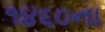
૧૪૬૦ના